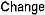
CHANGE